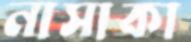
নাসাকা